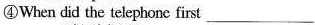
④When did the telephone first___